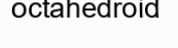
octahedroid